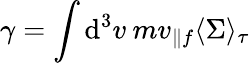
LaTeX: \gamma=\int\mathrm{d}^{3}v\: mv_{\parallel f}\langle\Sigma\rangle_{\tau}